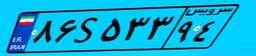
۸۶S۵۳۳۹۴